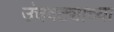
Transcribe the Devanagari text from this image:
उंचवट्याच्या